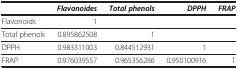
|  | Flavonoides | Total phenols | DPPH | FRAP |
 | --- | --- | --- | --- | --- |
 | Flavonoids | 1 |  |  |  |
 | Total phenols | 0.895862508 | 1 |  |  |
 | DPPH | 0.983311003 | 0.844512931 | 1 |  |
 | FRAP | 0.976039557 | 0.965356286 | 0.950100916 | 1 |